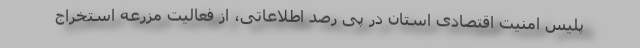
پلیس امنیت اقتصادی استان در پی رصد اطلاعاتی، از فعالیت مزرعه استخراج